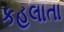
કહલાતા